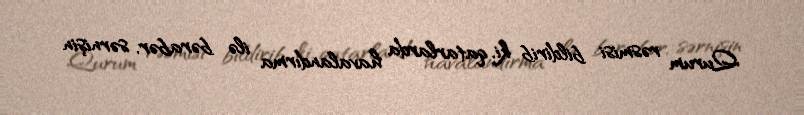
Qurum rəsmisi bildirib ki, qatarlarda havalandırma ilə bərabər, sərnişin